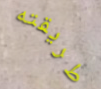
طريقته